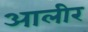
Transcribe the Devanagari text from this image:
आलीर